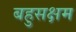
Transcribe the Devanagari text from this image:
बहुसक्षम